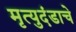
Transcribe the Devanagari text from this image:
मृत्युदंडाचे